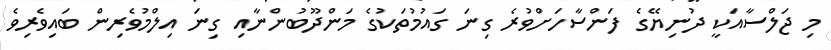
މި ޖަލްސާއަކީ ދުނިޔޭގެ ފަންސާހަށްވުރެ ގިނަ ގައުމުތަކުގެ މަންދޫބުންނާއި ގިނަ އިލްމުވެރިން ބައިވެރިވެ